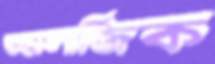
অ্যালার্জিক